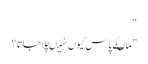
“
” ماںکے پاس کیوں نہیںچلاجاتا ؟